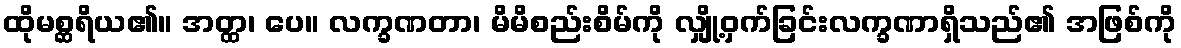
ထိုမစ္ဆရိယ၏။ အတ္ထ၊ ပေ။ လက္ခဏတာ၊ မိမိစည်းစိမ်ကို လျှို့ဝှက်ခြင်းလက္ခဏာရှိသည်၏ အဖြစ်ကို